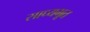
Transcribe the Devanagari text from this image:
साध्यभूत